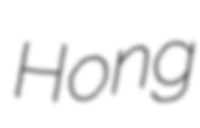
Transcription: Hong